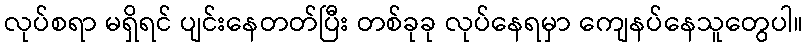
လုပ်စရာ မရှိရင် ပျင်းနေတတ်ပြီး တစ်ခုခု လုပ်နေရမှာ ကျေနပ်နေသူတွေပါ။